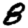
Digit: 8